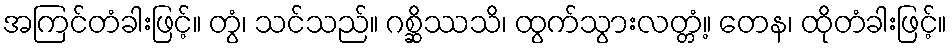
အကြင်တံခါးဖြင့်။ တွံ၊ သင်သည်။ ဂစ္ဆိဿသိ၊ ထွက်သွားလတ္တံ့။ တေန၊ ထိုတံခါးဖြင့်။